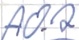
Text: A0.2